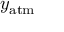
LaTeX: y _ { \mathrm { a t m } }